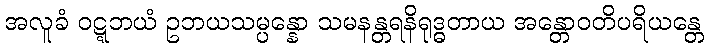
အလူခံ ဝဋ္ဋဘယံ ဥဘယသမ္ပန္နော သမနန္တရနိရုဒ္ဓတာယ အန္တောဝတိပရိယန္တေ